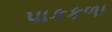
પાકકળા